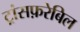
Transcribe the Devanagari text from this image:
ट्रांसफ़रेबिल